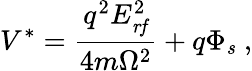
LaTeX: V^{*}=\frac{q^{2}E_{\mathit{rf}}^{2}}{4m\Omega^{2}}+q\Phi_{\mathit{s}}\; ,